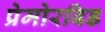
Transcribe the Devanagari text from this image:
प्रेमोरबिड